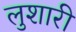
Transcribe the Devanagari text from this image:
लुशारी